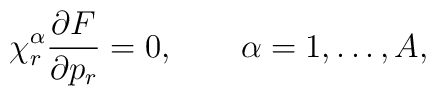
\chi^\alpha_r \frac{\partial F}{\partial p_r} = 0 , \qquad\alpha = 1,\ldots,A ,